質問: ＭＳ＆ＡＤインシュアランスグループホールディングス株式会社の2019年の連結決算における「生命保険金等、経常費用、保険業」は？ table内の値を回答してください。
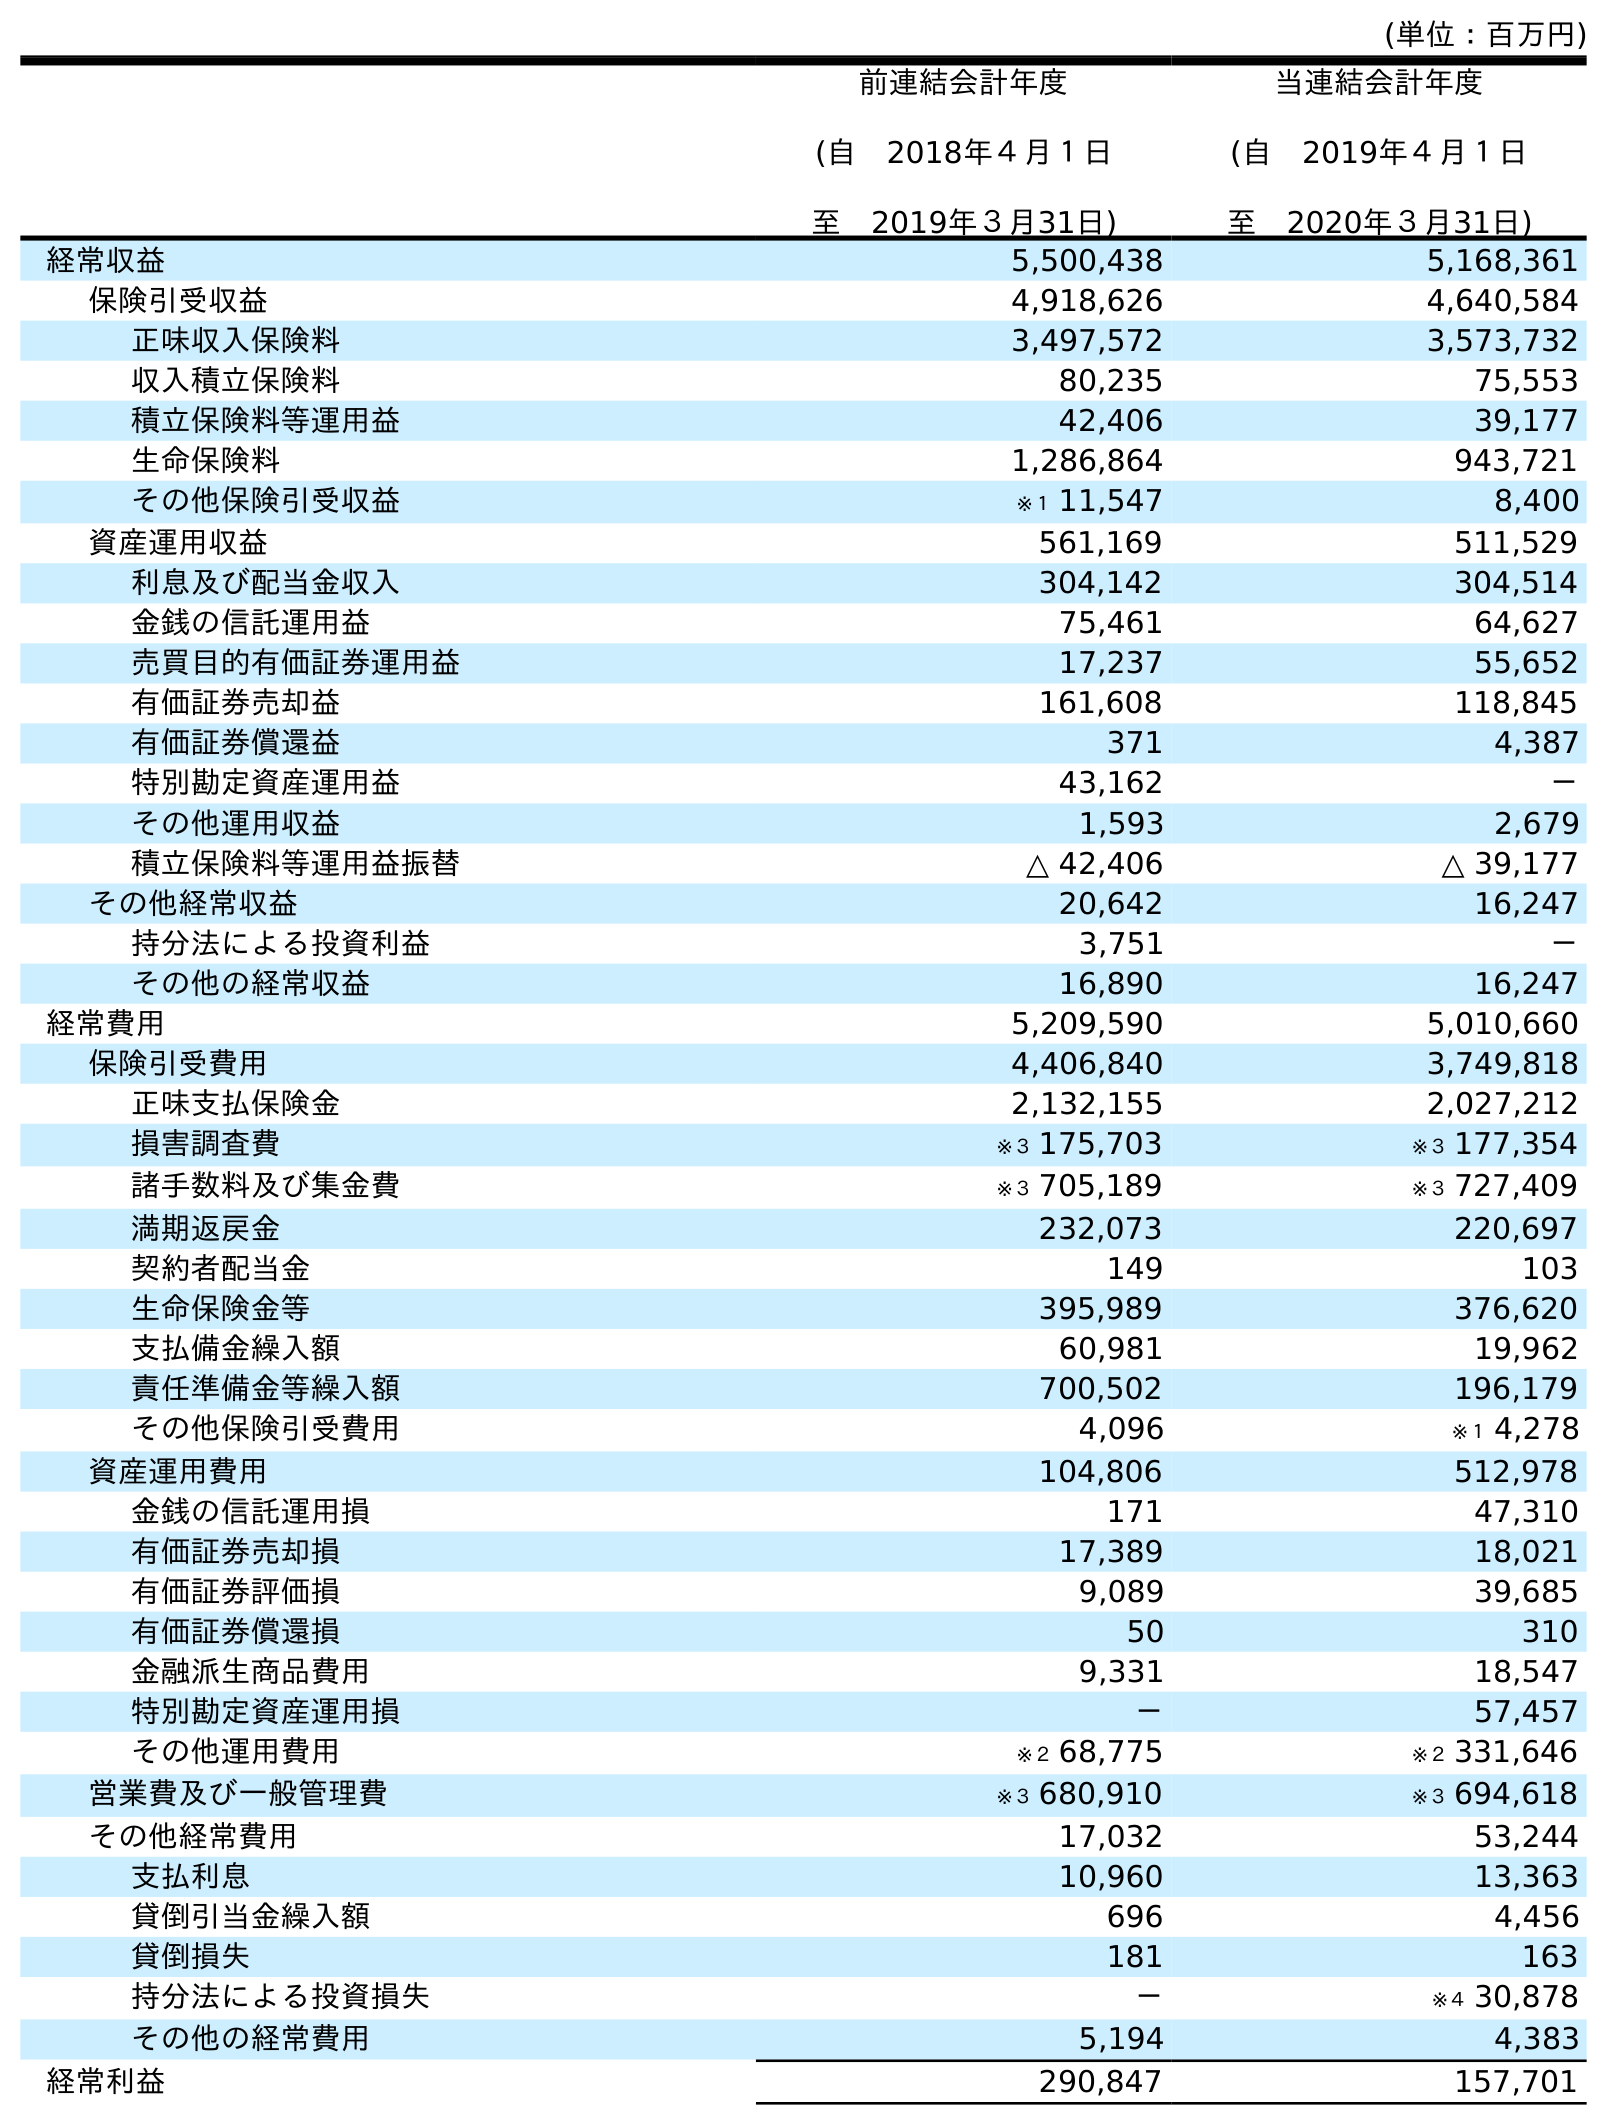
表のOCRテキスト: (単位：百万円) 前連結会計年度 (自 2018年４月１日 至 2019年３月31日) 当連結会計年度 (自 2019年４月１日 至 2020年３月31日) 経常収益 5,500,438 5,168,361 保険引受収益 4,918,626 4,640,584 正味収入保険料 3,497,572 3,573,732 収入積立保険料 80,235 75,553 積立保険料等運用益 42,406 39,177 生命保険料 1,286,864 943,721 その他保険引受収益 ※１ 11,547 8,400 資産運用収益 561,169 511,529 利息及び配当金収入 304,142 304,514 金銭の信託運用益 75,461 64,627 売買目的有価証券運用益 17,237 55,652 有価証券売却益 161,608 118,845 有価証券償還益 371 4,387 特別勘定資産運用益 43,162 － その他運用収益 1,593 2,679 積立保険料等運用益振替 △ 42,406 △ 39,177 その他経常収益 20,642 16,247 持分法による投資利益 3,751 － その他の経常収益 16,890 16,247 経常費用 5,209,590 5,010,660 保険引受費用 4,406,840 3,749,818 正味支払保険金 2,132,155 2,027,212 損害調査費 ※３ 175,703 ※３ 177,354 諸手数料及び集金費 ※３ 705,189 ※３ 727,409 満期返戻金 232,073 220,697 契約者配当金 149 103 生命保険金等 395,989 376,620 支払備金繰入額 60,981 19,962 責任準備金等繰入額 700,502 196,179 その他保険引受費用 4,096 ※１ 4,278 資産運用費用 104,806 512,978 金銭の信託運用損 171 47,310 有価証券売却損 17,389 18,021 有価証券評価損 9,089 39,685 有価証券償還損 50 310 金融派生商品費用 9,331 18,547 特別勘定資産運用損 － 57,457 その他運用費用 ※２ 68,775 ※２ 331,646 営業費及び一般管理費 ※３ 680,910 ※３ 694,618 その他経常費用 17,032 53,244 支払利息 10,960 13,363 貸倒引当金繰入額 696 4,456 貸倒損失 181 163 持分法による投資損失 － ※４ 30,878 その他の経常費用 5,194 4,383 経常利益 290,847 157,701
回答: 395,989